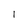
Character: I